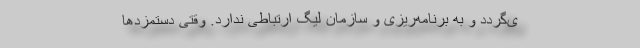
ی‌گردد و به برنامه‌ریزی و سازمان لیگ ارتباطی ندارد. وقتی دستمزدها